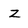
Character: z